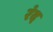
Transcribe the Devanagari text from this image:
रंद